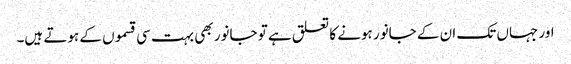
اور جہاں تک ان کے جانور ہونے کا تعلق ہے تو جانور بھی بہت سی قسموں کے ہوتے ہیں۔